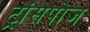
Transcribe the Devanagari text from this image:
ट्रांसपोज